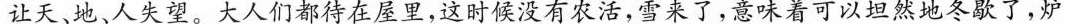
让天、地、人失望。大人们都待在屋里，这时候没有农活，雪来了，意 着可以坦然地冬歇了，炉